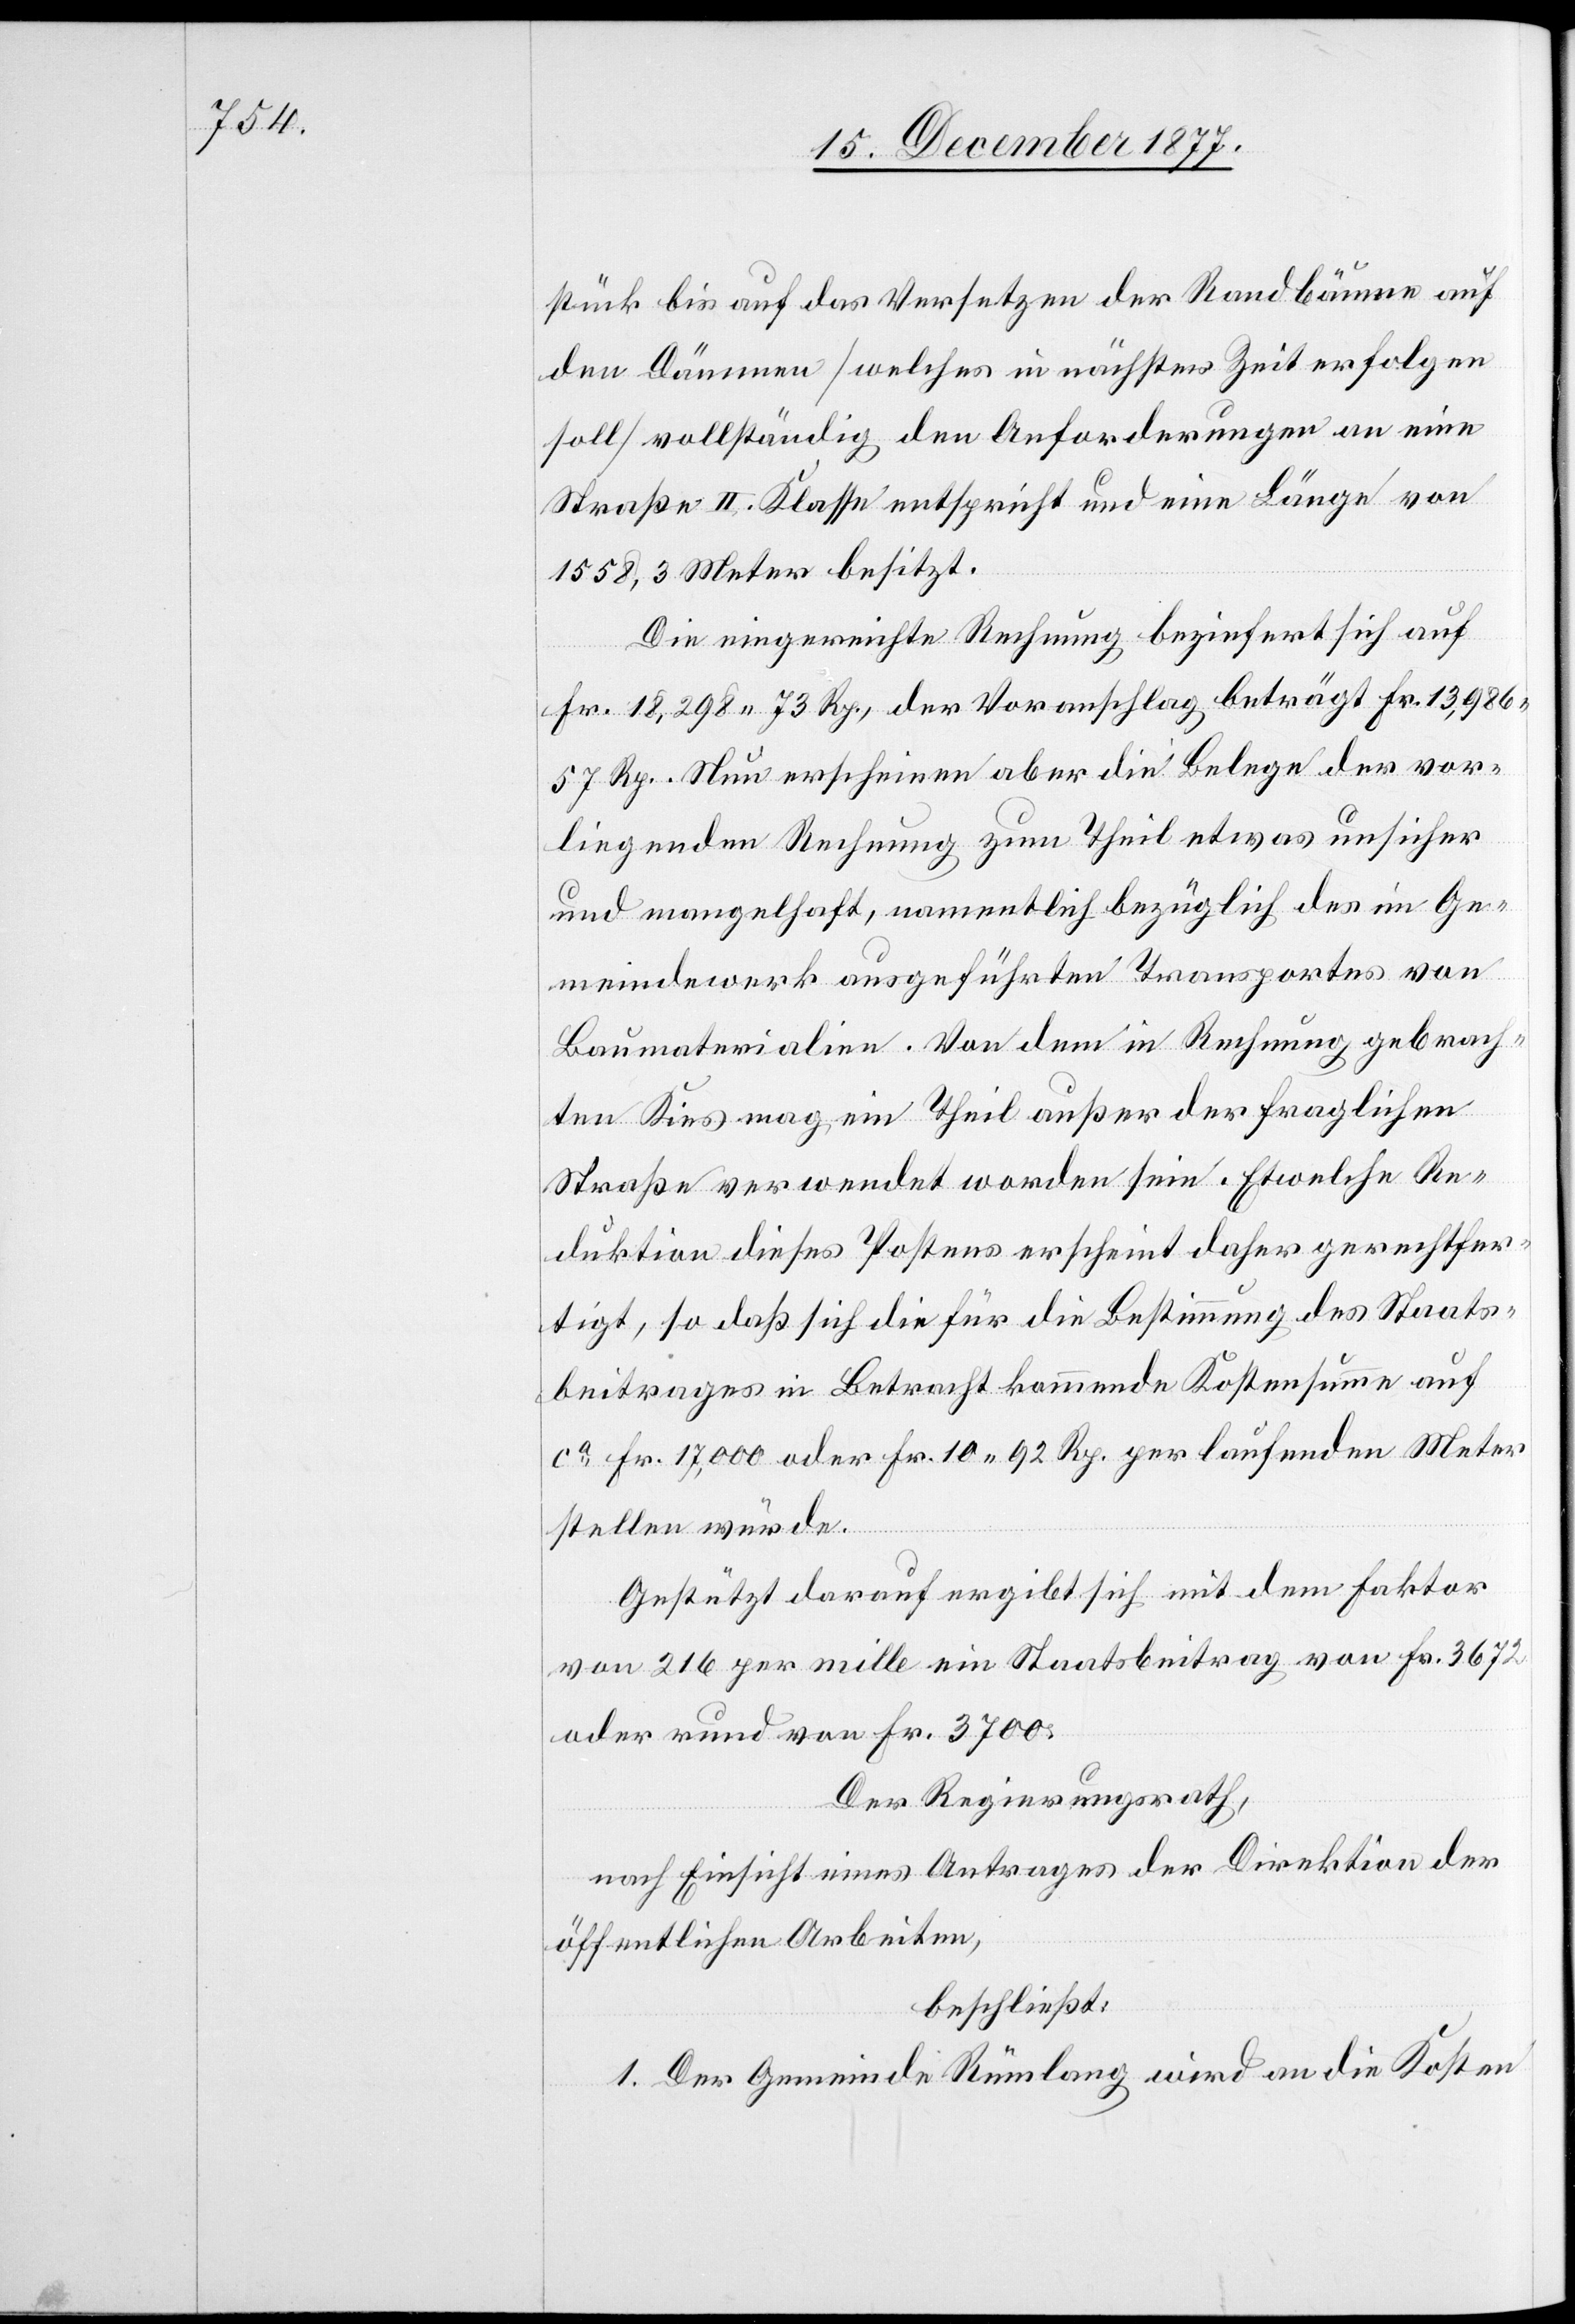
stück bis auf das Versetzen der Randbäume auf
den Dämmen [welches in nächster Zeit erfolgen
soll] vollständig den Anforderungen an eine
Straße II. Klasse entspricht und eine Länge von
1558,3 Meter besitzt.
Die eingereichte Rechnung beziefert [sic!] sich
Fr. 18,298 73 Rp., der Voranschlag beträgt Fr. 13,986
57 Rp. Nun erscheinen aber die Belege der vor¬
liegenden Rechnung zum Theil etwas unsicher
und mangelhaft, namentlich bezüglich des im Ge¬
meindewerk ausgeführten Transportes von
Baumaterialien. Von dem in Rechnung gebrach¬
ten Kies mag ein Theil außer der fraglichen
Straße verwendet worden sein. Etwelche Re¬
duktion dieses Postens erscheint daher gerechtfer¬
tigt, so daß sich die für die Bestimmung des Staats¬
beitrages in Betracht kommende Kostensumme auf
ca Fr. 17,000 oder Fr. 10 92 Rp. per laufenden Meter
stellen würde.
Gestützt darauf ergibt sich mit dem Faktor
von 216 per mille ein Staatsbeitrag von Fr. 3672
oder rund von Fr. 3700.
Der Regierungsrath,
nach Einsicht eines Antrages der Direktion der
öffentlichen Arbeiten,
beschließt:
1. Der Gemeinde Rümlang wird an die Kosten